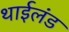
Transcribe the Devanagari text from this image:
थाईलंड